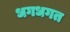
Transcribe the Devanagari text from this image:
धगधगत